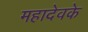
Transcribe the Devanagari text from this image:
महादेवके